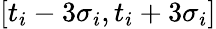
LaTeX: [t_{i}-3\sigma_{i},t_{i}+3\sigma_{i}]